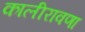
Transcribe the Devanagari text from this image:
कालीरावणा